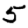
Digit: 5